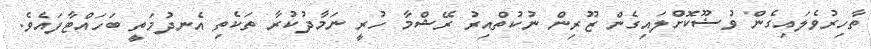
ތާހިރުވެލައިގެން ވުޟޫކޮށްލައިގެން ޒޫރިން ނުކުތްއިރު ރޭޝްމާ ހުރީ ނަމާދުކުރާ ތަކެތި އެނދުމަތީ ބަހައްޓާފައެވެ.